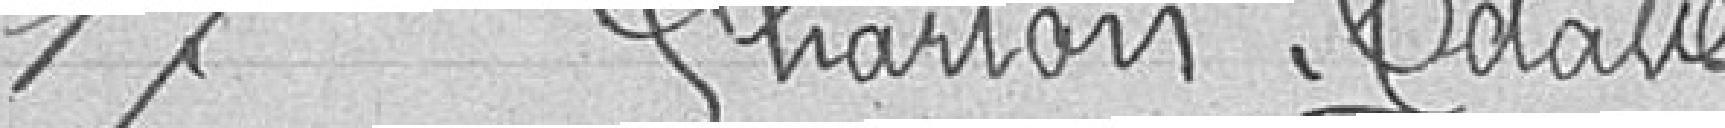
17. CHARTON Octave